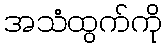
အသံထွက်ကို